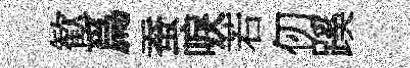
歓爲蚕唳若仞蹊